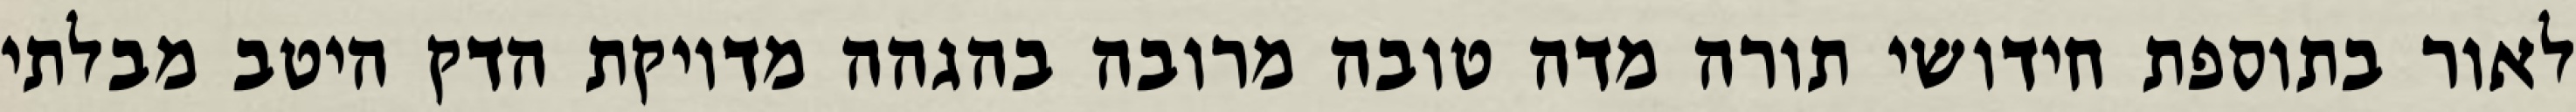
לאור בתוספת חידושי תורה מדה טובה מרובה בהגהה מדויקת הדק היטב מבלתי